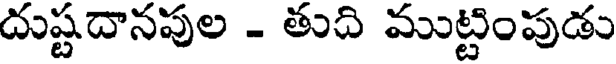
దుష్టదానపుల - తుది ముట్టింపుడు